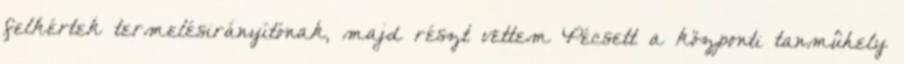
felkértek termelésirányítónak, majd részt vettem Pécsett a központi tanmûhely